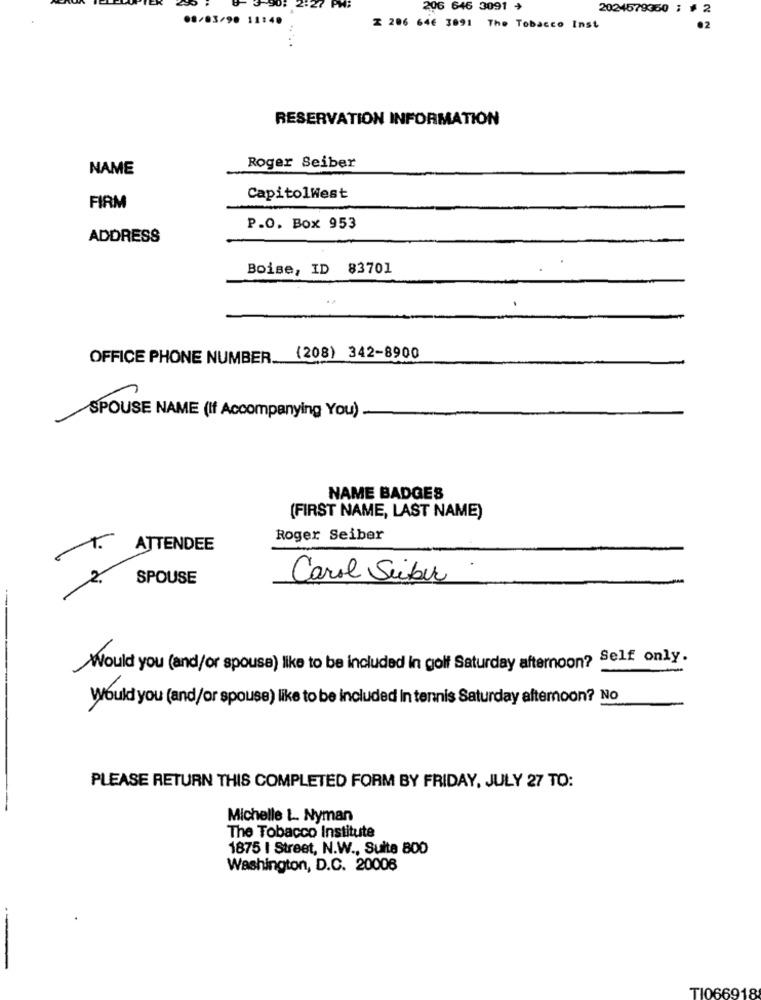
2:27 PMF
206 646 3091 +
2024579360 ; # 2
08/03/90 11:40
Z 206 646 3091 The Tobacco Inst
02
RESERVATION INFORMATION
Roger Seiber
NAME
CapitolWest
FIRM
P.O. Box 953
ADDRESS
Boise, ID 83701
..
OFFICE PHONE NUMBER (208) 342-8900
SPOUSE NAME (If Accompanying You)
NAME BADGES
(FIRST NAME, LAST NAME)
Roger Seiber
1.
ATTENDEE
SPOUSE
Carol Seiber
-
Would you (and/or spouse) like to be included in golf Saturday afternoon? Self only.
Would you (and/or spouse) like to be included In tennis Saturday afternoon? No
PLEASE RETURN THIS COMPLETED FORM BY FRIDAY, JULY 27 TO:
Michelle L. Nyman
The Tobacco Institute
1875 I Street, N.W ., Suite 800
Washington, D.C. 20006
TI066918